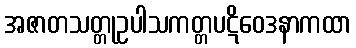
အဇာတသတ္တုဥပါသကတ္တပဋိဝေဒနာကထာ